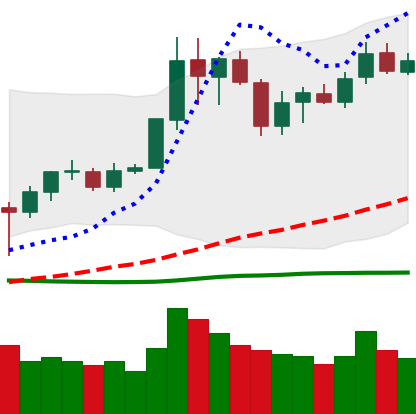
Ticker: LINK-USD
Chart end date: 2020-07-04
Forward return: 27.052%
Label: up_7plus